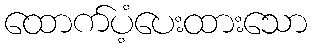
ထောက်ပံ့ပေးထားသော